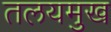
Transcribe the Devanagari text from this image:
तलयमुख